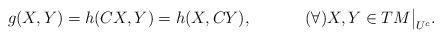
LaTeX: \begin{align*} g(X,Y)=h(CX,Y)=h(X,CY),&& (\forall) X,Y\in TM\bigr|_{U^c}.\end{align*}